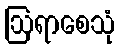
ဩရာစေသုံ